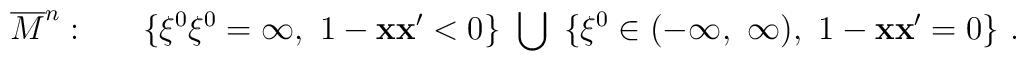
\overline{M}^n:~~~~~\{\xi^0\xi^0=\infty,~1-{\bf xx}^{\prime}<0\}~\bigcup~\{\xi^0\in(-\infty,~\infty),~1-{\bf xx}^{\prime}=0\}~.